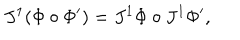
J ^ { 1 } ( \Phi \circ \Phi ^ { \prime } ) = J ^ { 1 } \Phi \circ J ^ { 1 } \Phi ^ { \prime } ,